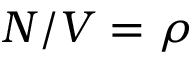
N / V = \rho